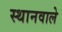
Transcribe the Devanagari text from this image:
स्थानवाले